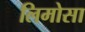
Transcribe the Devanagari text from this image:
लिमोसा